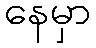
နေမှာ